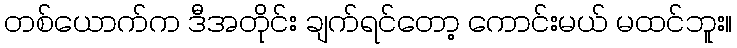
တစ်ယောက်က ဒီအတိုင်း ချက်ရင်တော့ ကောင်းမယ် မထင်ဘူး။